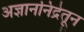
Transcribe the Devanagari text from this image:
अज्ञाननिद्रेतून